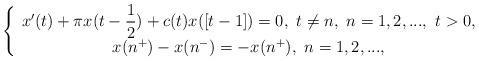
LaTeX: \begin{align*}\left \{\begin{array}{c}x^{\prime }(t)+\pi x(t-\dfrac{1}{2})+c(t)x([t-1])=0,~t\neq n,~n=1,2,...,~t>0,\\x(n^{+})-x(n^{-})=-x(n^{+}),~n=1,2,...,\end{array}\right. \end{align*}